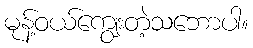
မုန့်ဝယ်ကျွေးတဲ့သဘောပါ။